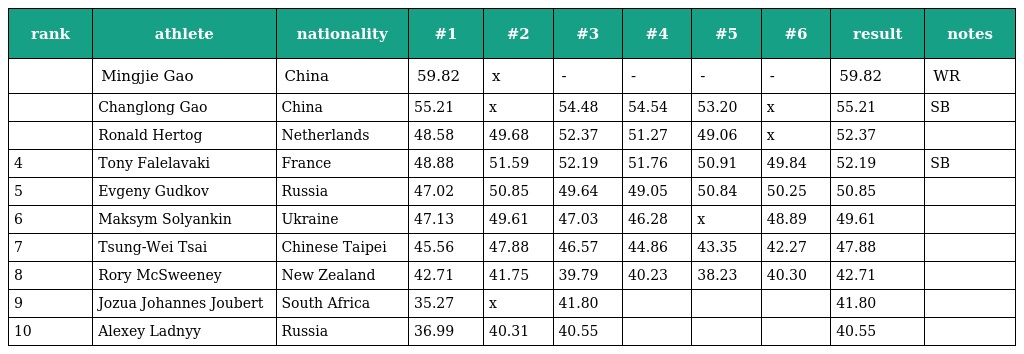
| rank | athlete | nationality | #1 | #2 | #3 | #4 | #5 | #6 | result | notes |
 | --- | --- | --- | --- | --- | --- | --- | --- | --- | --- | --- |
 |  | Mingjie Gao | China | 59.82 | x | - | - | - | - | 59.82 | WR |
 |  | Changlong Gao | China | 55.21 | x | 54.48 | 54.54 | 53.20 | x | 55.21 | SB |
 |  | Ronald Hertog | Netherlands | 48.58 | 49.68 | 52.37 | 51.27 | 49.06 | x | 52.37 |  |
 | 4 | Tony Falelavaki | France | 48.88 | 51.59 | 52.19 | 51.76 | 50.91 | 49.84 | 52.19 | SB |
 | 5 | Evgeny Gudkov | Russia | 47.02 | 50.85 | 49.64 | 49.05 | 50.84 | 50.25 | 50.85 |  |
 | 6 | Maksym Solyankin | Ukraine | 47.13 | 49.61 | 47.03 | 46.28 | x | 48.89 | 49.61 |  |
 | 7 | Tsung-Wei Tsai | Chinese Taipei | 45.56 | 47.88 | 46.57 | 44.86 | 43.35 | 42.27 | 47.88 |  |
 | 8 | Rory McSweeney | New Zealand | 42.71 | 41.75 | 39.79 | 40.23 | 38.23 | 40.30 | 42.71 |  |
 | 9 | Jozua Johannes Joubert | South Africa | 35.27 | x | 41.80 |  |  |  | 41.80 |  |
 | 10 | Alexey Ladnyy | Russia | 36.99 | 40.31 | 40.55 |  |  |  | 40.55 |  |